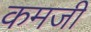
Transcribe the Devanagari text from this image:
कमजी